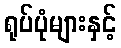
ရုပ်ပုံများနှင့်